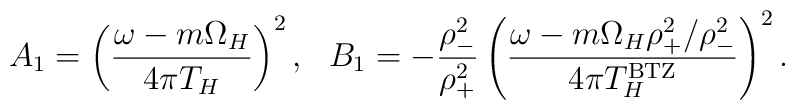
A_1 =\left ( {{\omega - m \Omega_H} \over 4 \pi T_H} \right )^2,~~B_1 = - {\rho_-^2 \over \rho_+^2}\left ({{\omega - m \Omega_H \rho_+^2 / \rho_-^2} \over4 \pi T_H^{\rm BTZ}} \right )^2.